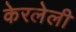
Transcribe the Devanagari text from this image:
केरलेली